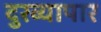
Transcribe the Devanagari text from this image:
दुरव्यापार